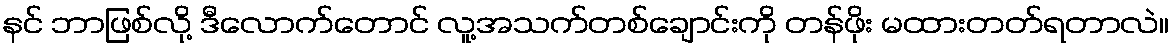
နင် ဘာဖြစ်လို့ ဒီလောက်တောင် လူ့အသက်တစ်ချောင်းကို တန်ဖိုး မထားတတ်ရတာလဲ။